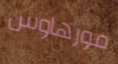
مورهاوس